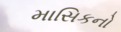
માસિકનો